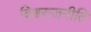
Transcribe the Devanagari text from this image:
विश्वराजनीति